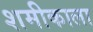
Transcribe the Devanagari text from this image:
शमीकाला